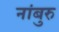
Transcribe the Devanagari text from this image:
नांबुरु